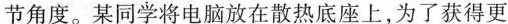
节角度。某同学将电脑放在散热底座上，为了获得更